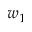
w _ { 1 }